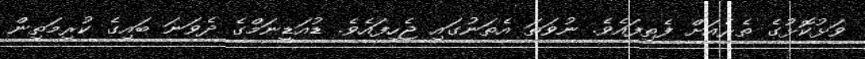
ވަޅުކޮޅުގެ ތެރެއަށް ފެތިފައެވެ. ނުވަތަ އެތަނުގައި ޖެހިފައެވެ. ޑުއަޑީނަމްގެ ދެވަނަ ބައިގެ ކުރިމަތިން